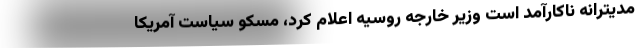
مدیترانه ناکارآمد است وزیر خارجه روسیه اعلام کرد، مسکو سیاست آمریکا